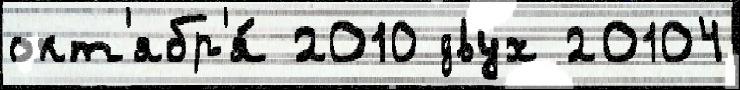
окт'ябр'я́ 2010 двух 20104